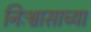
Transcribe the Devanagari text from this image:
निःश्वासाच्या